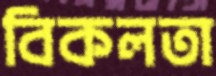
বিকলতা